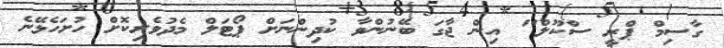
ގާސިމް ޕްރީ ސްކޫލް" އިން ޖާގަ ބޭނުންވާ ކުދިންނަށް ޕޯޓަލް މެދުވެރިކޮށް ހުށަހެޅޭނެ